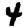
Digit: 4